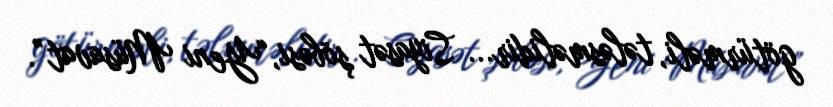
götürməli, tələsməlidir... Siyasət şöbəsi,“Yeni Müsavat”.